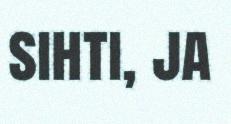
sihti, ja